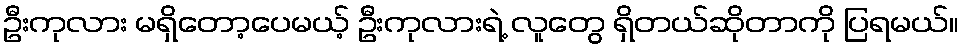
ဦးကုလား မရှိတော့ပေမယ့် ဦးကုလားရဲ့ လူတွေ ရှိတယ်ဆိုတာကို ပြရမယ်။